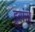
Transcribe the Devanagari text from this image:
डूरांस